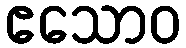
ဧသောဝ